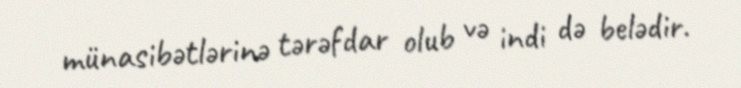
münasibətlərinə tərəfdar olub və indi də belədir.